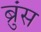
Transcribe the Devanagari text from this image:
ब्रुंस